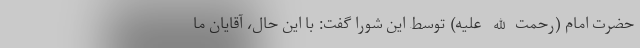
حضرت امام (رحمت الله علیه) توسط این شورا گفت: با این حال، آقایان ما